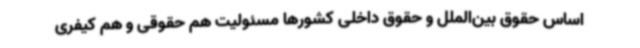
اساس حقوق بین‌الملل و حقوق داخلی کشورها مسئولیت هم حقوقی و هم کیفری